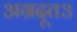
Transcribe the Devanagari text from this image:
अग्रदूत३